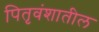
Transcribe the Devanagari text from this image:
पितृवंशातील